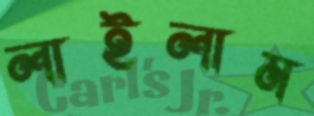
লাইলাম